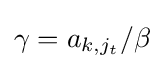
\gamma =a_{k,j_{t}}/\beta